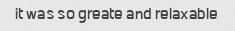
it was so greate and relaxable